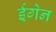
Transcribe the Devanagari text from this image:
ईगेन